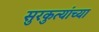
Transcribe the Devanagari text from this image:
सुरकुत्यांच्या